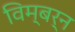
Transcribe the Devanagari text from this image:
विम्बर्न